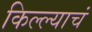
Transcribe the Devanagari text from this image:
किल्ल्याचं